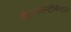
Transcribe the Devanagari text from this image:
इंटरकॉन्टीनेन्टल